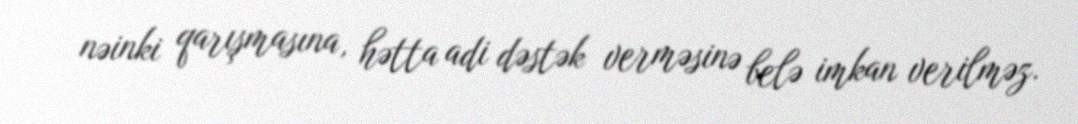
nəinki qarışmasına, hətta adi dəstək verməsinə belə imkan verilməz.